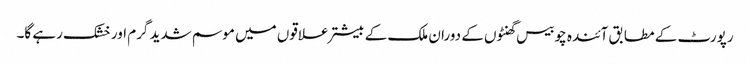
رپورٹ کے مطابق آئندہ چوبیس گھنٹوں کے دوران ملک کے بیشتر علاقوں میں موسم شدید گرم اور خشک رہے گا۔